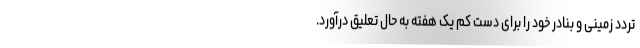
تردد زمینی و بنادر خود را برای دست کم یک هفته به حال تعلیق درآورد.